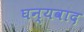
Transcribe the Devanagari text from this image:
घन्यवाद